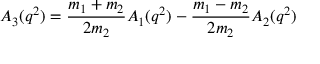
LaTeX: A _ { 3 } ( q ^ { 2 } ) = \frac { m _ { 1 } + m _ { 2 } } { 2 m _ { 2 } } A _ { 1 } ( q ^ { 2 } ) - \frac { m _ { 1 } - m _ { 2 } } { 2 m _ { 2 } } A _ { 2 } ( q ^ { 2 } )